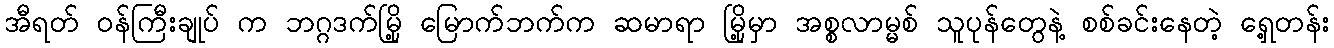
အီရတ် ဝန်ကြီးချုပ် က ဘဂ္ဂဒက်မြို့ မြောက်ဘက်က ဆမာရာ မြို့မှာ အစ္စလာမ္မစ် သူပုန်တွေနဲ့ စစ်ခင်းနေတဲ့ ရှေ့တန်း